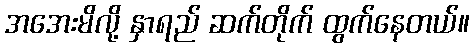
အအေးမိလို့ နှာရည် ဆက်တိုက် ထွက်နေတယ်။